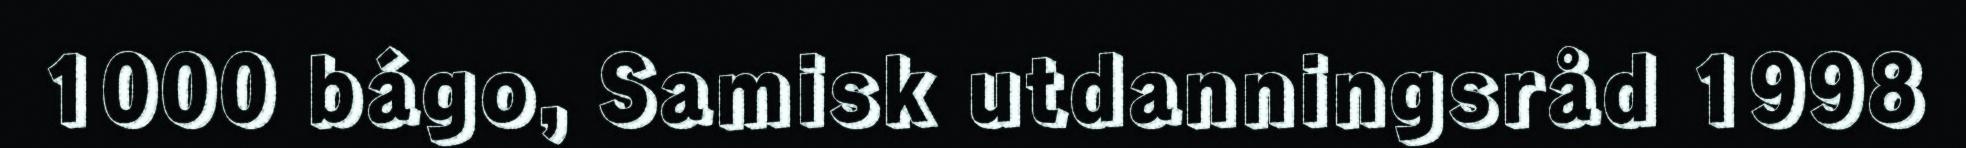
1000 bágo, Samisk utdanningsråd 1998